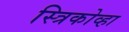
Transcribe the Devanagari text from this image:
स्त्रिकोव्हा